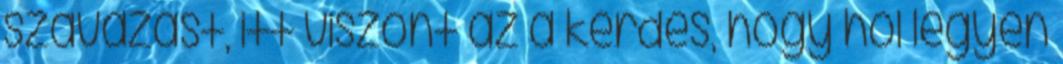
szavazást, itt viszont az a kérdés, hogy hol legyen